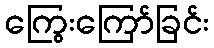
ကြွေးကြော်ခြင်း